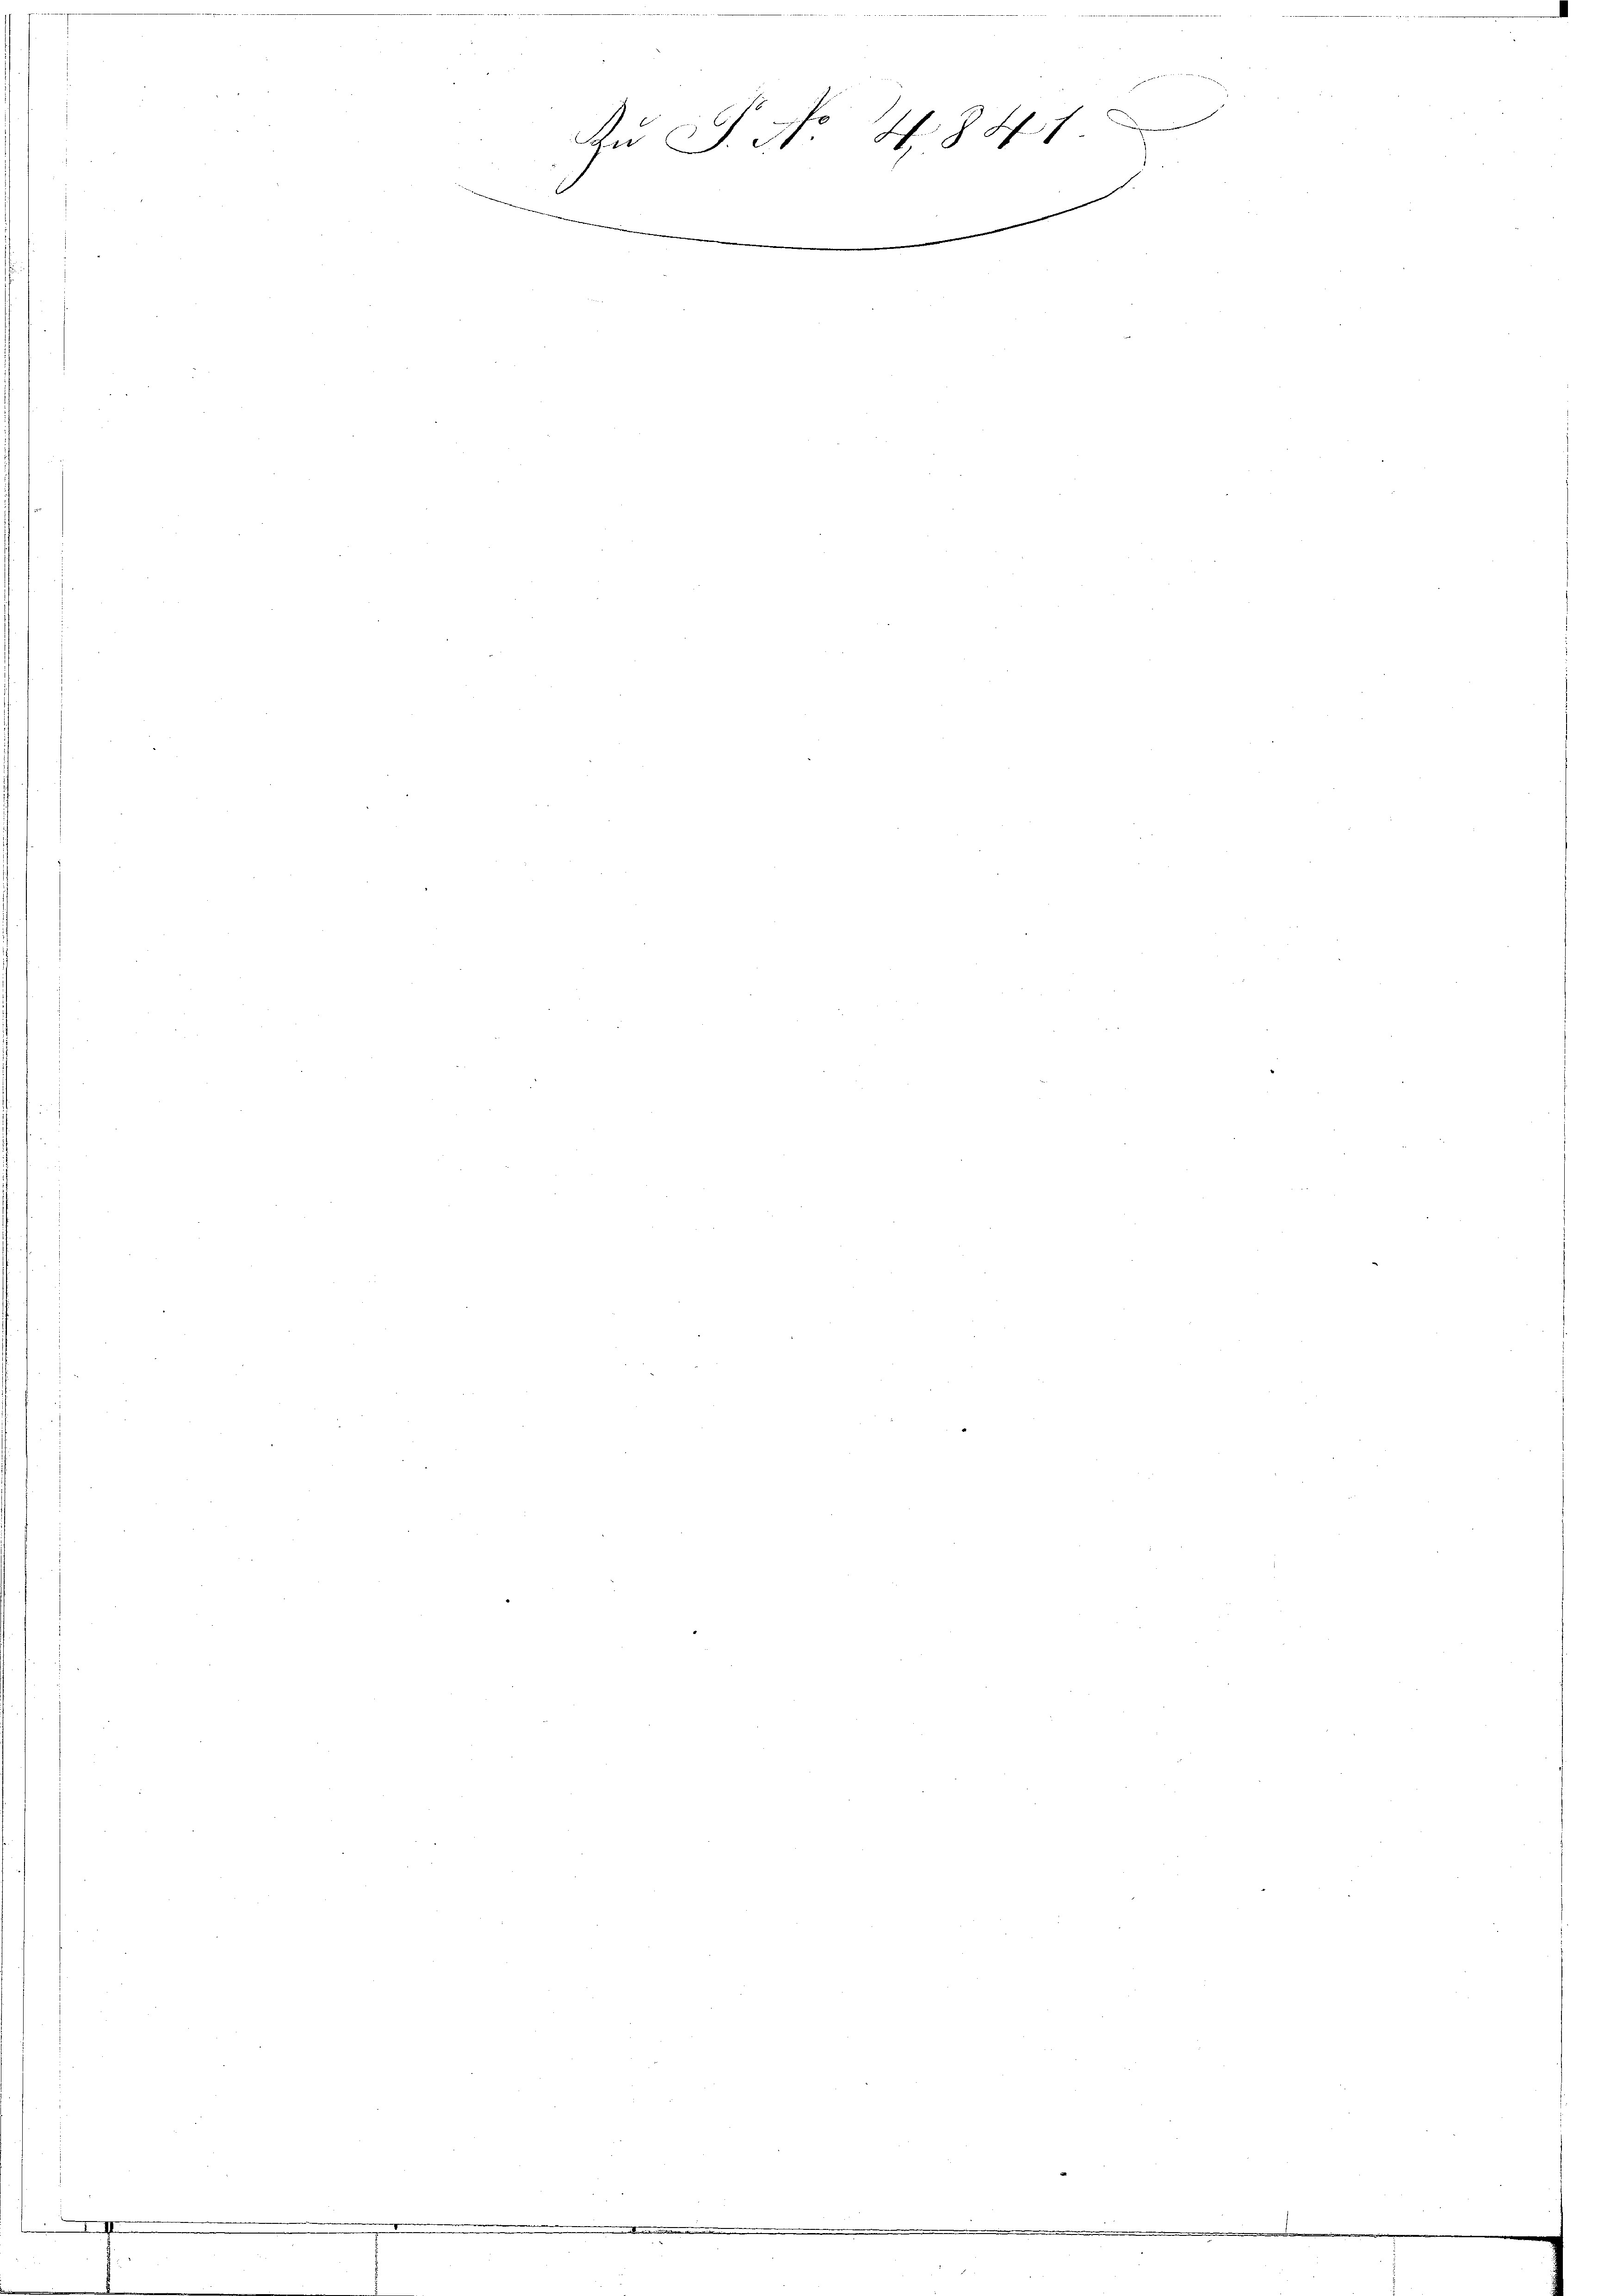
.
.

n
Au S. No 4841
1
e
.

.